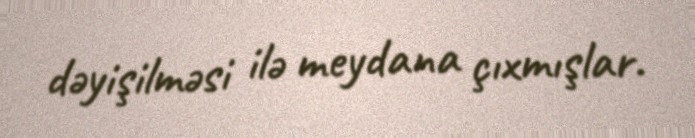
dəyişilməsi ilə meydana çıxmışlar.